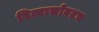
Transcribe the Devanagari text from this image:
पित्यासोबतच